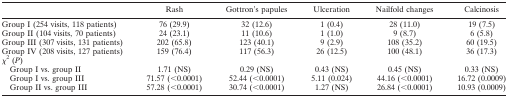
<table><thead><tr><td></td><td><b>Rash</b></td><td><b>Gottron&#x27;s papules</b></td><td><b>Ulceration</b></td><td><b>Nailfold changes</b></td><td><b>Calcinosis</b></td></tr></thead><tbody><tr><td>Group I (254 visits, 118 patients)</td><td>76 (29.9)</td><td>32 (12.6)</td><td>1 (0.4)</td><td>28 (11.0)</td><td>19 (7.5)</td></tr><tr><td>Group II (104 visits, 70 patients)</td><td>24 (23.1)</td><td>11 (10.6)</td><td>1 (1.0)</td><td>9 (8.7)</td><td>6 (5.8)</td></tr><tr><td>Group III (307 visits, 131 patients)</td><td>202 (65.8)</td><td>123 (40.1)</td><td>9 (2.9)</td><td>108 (35.2)</td><td>60 (19.5)</td></tr><tr><td>Group IV (208 visits, 127 patients)</td><td>159 (76.4)</td><td>117 (56.3)</td><td>26 (12.5)</td><td>100 (48.1)</td><td>36 (17.3)</td></tr><tr><td>χ<sup>2</sup> (<i>P</i>)</td><td></td><td></td><td></td><td></td><td></td></tr><tr><td>Group I vs. group II</td><td>1.71 (NS)</td><td>0.29 (NS)</td><td>0.43 (NS)</td><td>0.45 (NS)</td><td>0.33 (NS)</td></tr><tr><td>Group I vs. group III</td><td>71.57 (&lt;0.0001)</td><td>52.44 (&lt;0.0001)</td><td>5.11 (0.024)</td><td>44.16 (&lt;0.0001)</td><td>16.72 (0.0009)</td></tr><tr><td>Group II vs. group III</td><td>57.28 (&lt;0.0001)</td><td>30.74 (&lt;0.0001)</td><td>1.27 (NS)</td><td>26.84 (&lt;0.0001)</td><td>10.93 (0.0009)</td></tr></tbody></table>